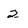
Character: 2